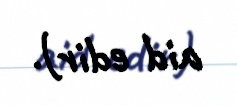
aid edir).